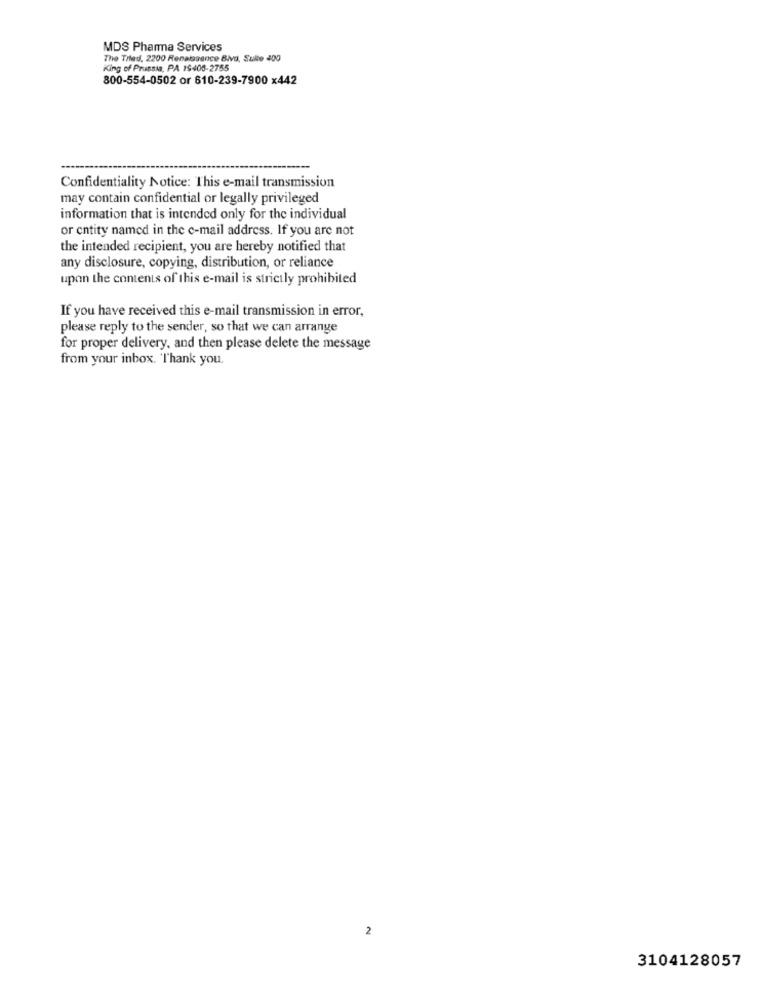
MDS Pharma Services
The Tried, 2200 Renaissance Biva, Sulle 400
King of Prussia, PA 19408-2755
800-554-0502 or 610-239-7900 x442
Confidentiality Notice: This e-mail transmission
may contain confidential or legally privileged
information that is intended only for the individual
or entity named in the e-mail address. If you are not
the intended recipient, you are hereby notified that
any disclosure, copying, distribution, or reliance
upon the contents of this e-mail is strictly prohibited
If you have received this e-mail transmission in error,
please reply to the sender, so that we can arrange
for proper delivery, and then please delete the message
from your inbox. Thank you.
2
3104128057